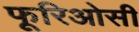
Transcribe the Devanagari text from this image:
फूरिओसी